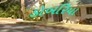
ડોબરિયા